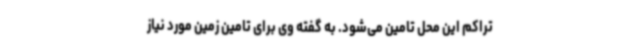
تراکم این محل تامین می‌شود. به گفته وی برای تامین زمین مورد نیاز